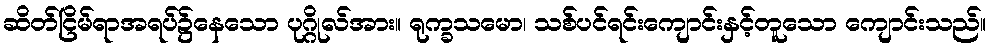
ဆိတ်ငြိမ်ရာအရပ်၌နေသော ပုဂ္ဂိုလ်အား။ ရုက္ခသမော၊ သစ်ပင်ရင်းကျောင်းနှင့်တူသော ကျောင်းသည်။